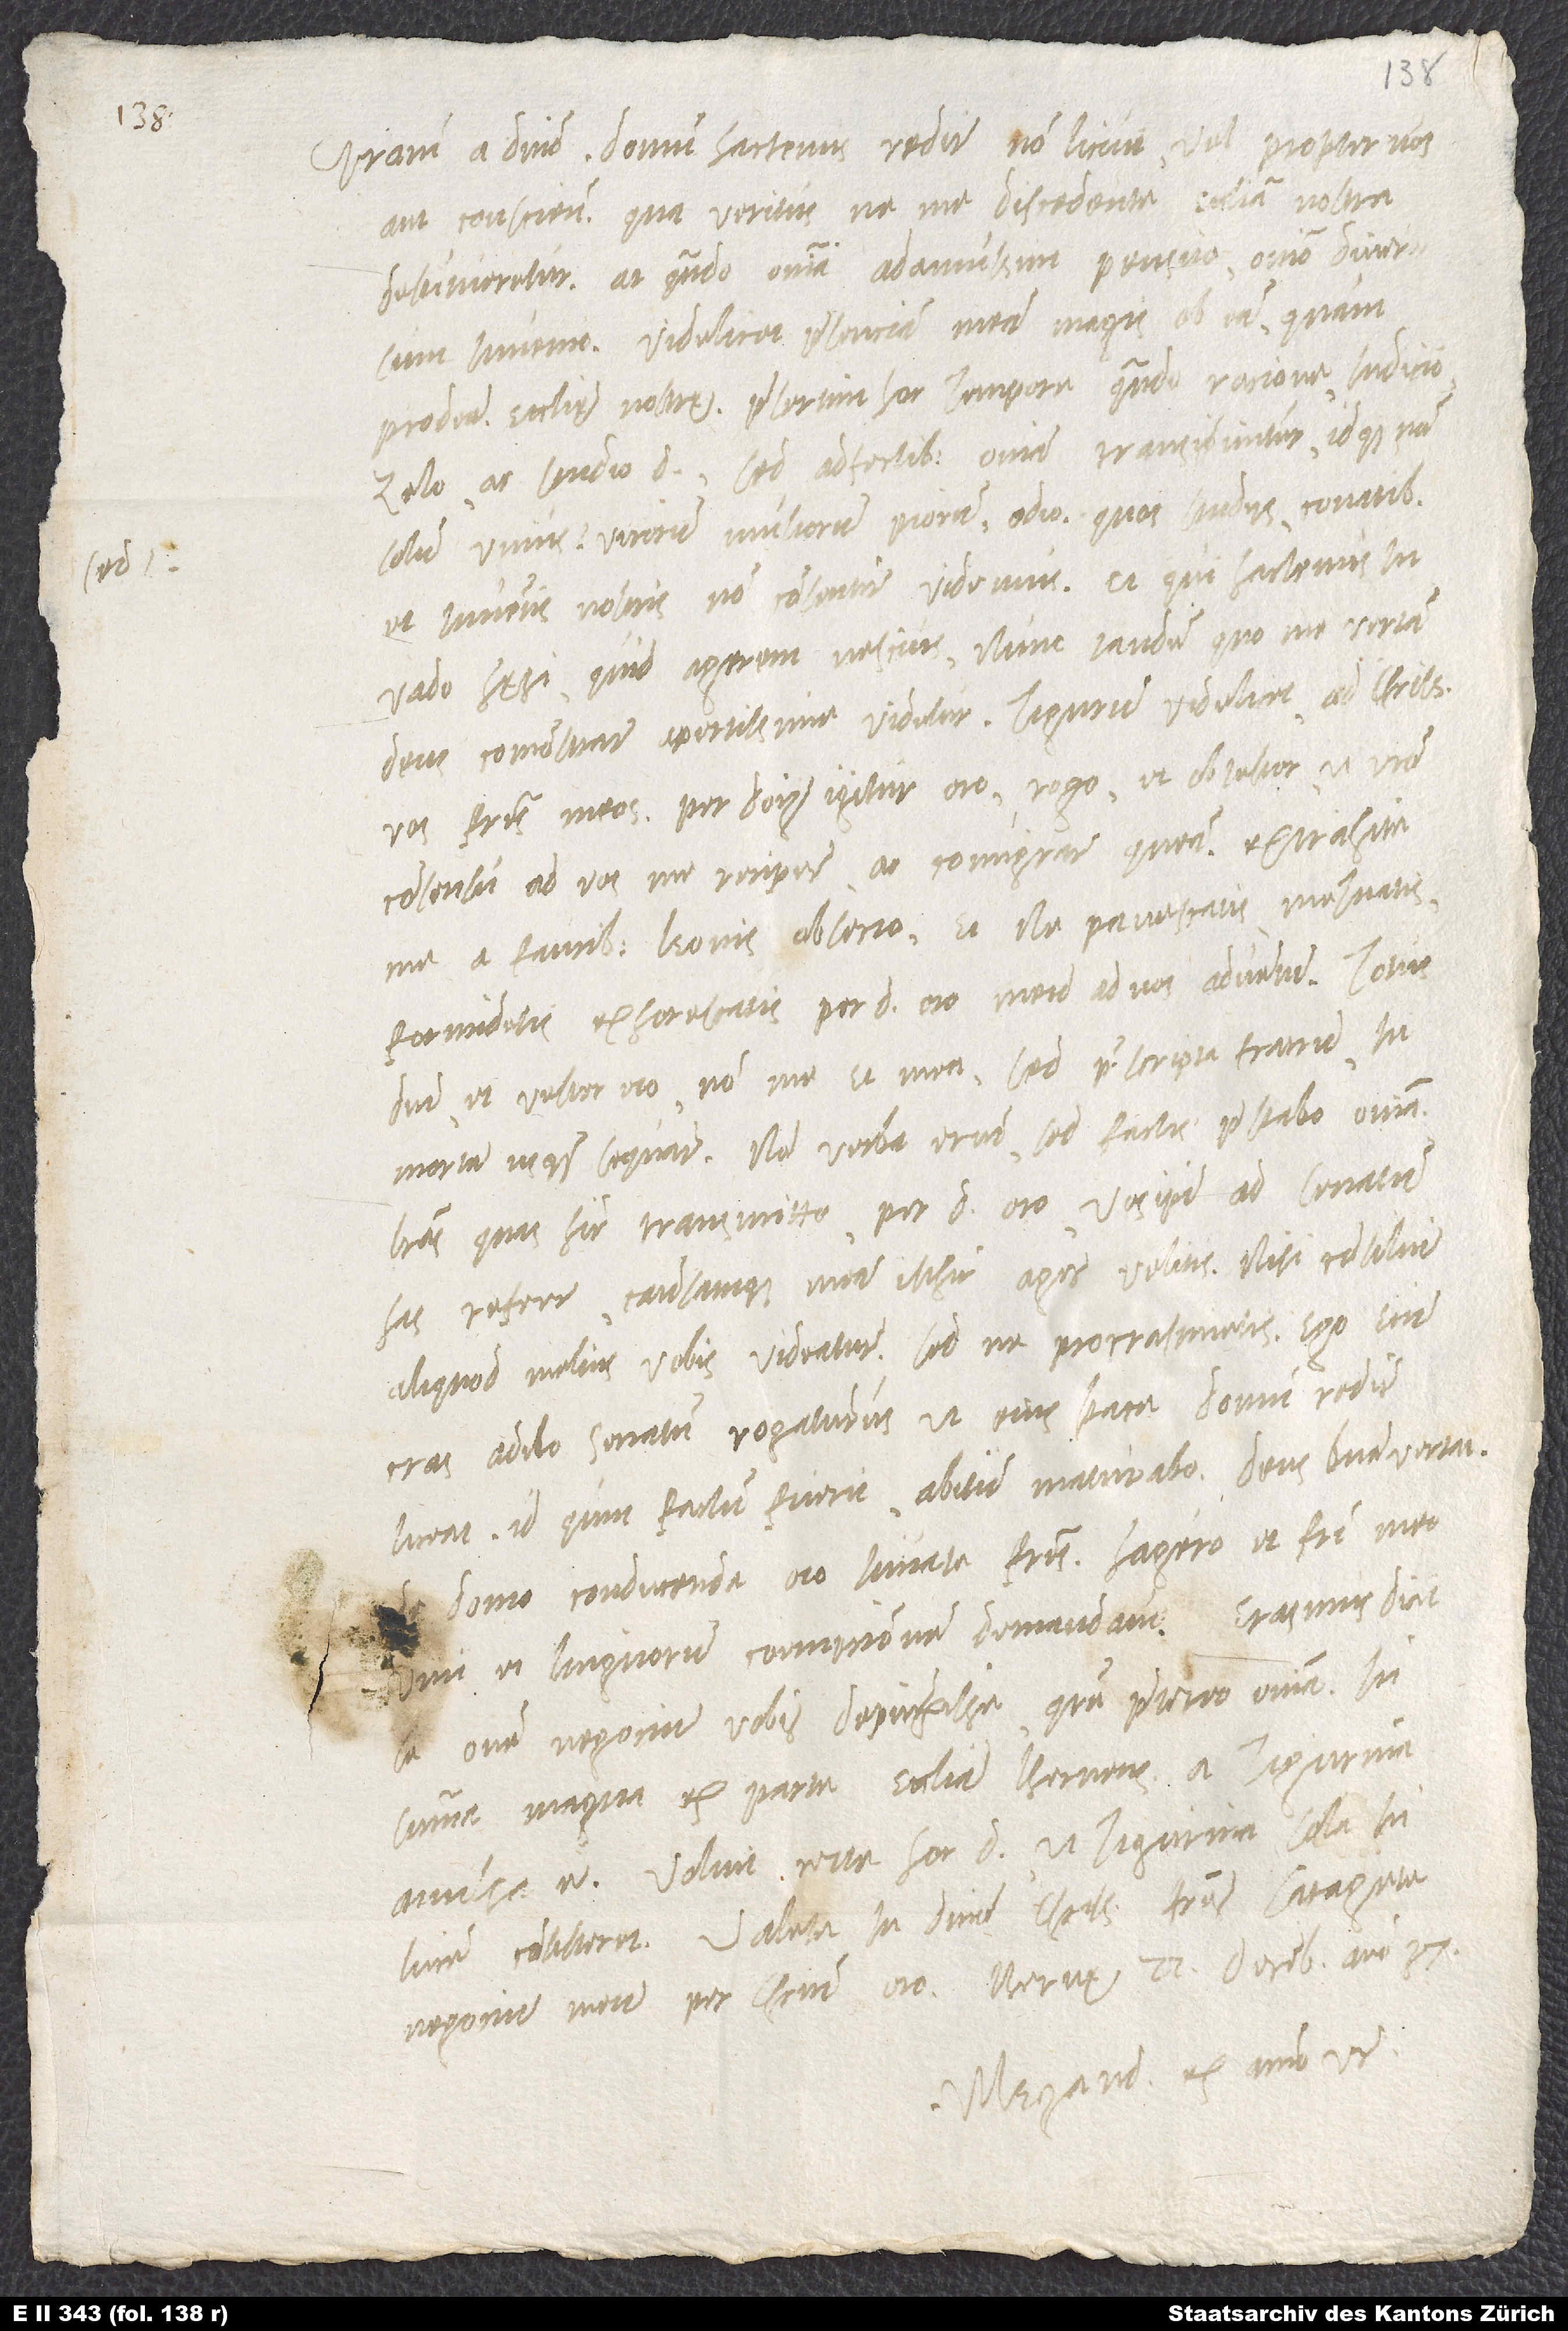
Gratiam a domino. Domum hactenus redire non licuit vel propter vos
aut conscientiam, qua veritus, ne me discedente ecclesia nostra
destitueretur. At quando omnia adamussim pensito, omnino diversum
invenio, videlicet praesenciam meam magis obesse quam
prodesse ecclesię nostrę, praesertim hoc tempore, quando racione, iudicio,
zelo ac studio domini, sed adfectibus omnia transiguntur, idque non
solum unius, sed virorum multorum piorum odio, quos studiis, conatibus
et inventis nostris non consentire videmus. Et qui hactenus in
vado haesi, quid agerem, nescius, nunc tandem, quo me vertam,
deus comonstrare apertissime videtur, Tigurum videlicet, ad charissimos
vos fratres meos. Per dominum igitur oro, rogo et obtestor, ut vestro
consensu ad vos me recipere ac comigrare queam. Extrahite
me a faucibus leonis, obsecro, et ne pavescatis, metuatis,
formidetis, exhorescatis, per dominum oro, meum ad vos adventum. Totus
domini et vester ero; non me et mea, sed praescripta fratrum in
mortem usque sequar. Non verba erunt, sed factis praestabo omnia.
Literas, quas hic transmitto, per dominum oro, vos ipsi ad senatum
has referre causamque meam isthic agere velitis, nisi consilium
aliquod melius vobis videatur. Sed ne procrastinetis; ego enim
cras adibo senatum rogaturus, ut eius pace domum redire
liceat. Id quin factum fuerit, abitum maturabo. Deus bene vertat.
De domo conducenda oro, iuvate, fratres. Hagero et fratri meo
vini et lingnorum coempcionem demandavi. Erasmus dicit
omne negocium vobis depinxisse, quare praetereo omnia. In
summa: Magna ex parte ecclesia Bernensis a Tigurina
avulsa est. Voluit certe hoc dominus, ut Tigurina sola in
luce consisteret. Valete in domino, charissimi fratres. Satagite
negocium meum, per Christum oro. Bernę, 22. decembris anno 37.